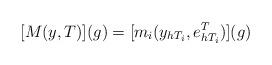
LaTeX: \begin{align*} [M(y,T)](g) = [m_i(y_{h T_i},e^T_{h T_i})](g) \end{align*}